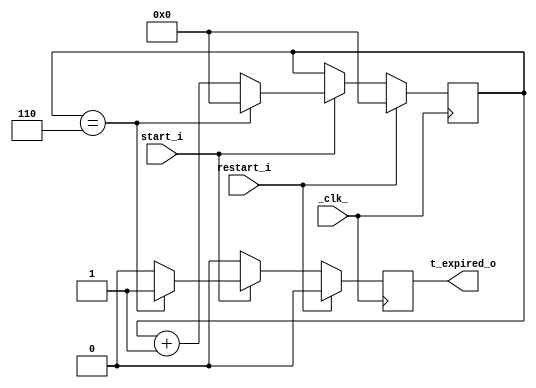
module Temporizador( _clk_, start_i, restart_i, t_expired_o);
	input _clk_, start_i, restart_i;
	output  t_expired_o;
	reg[3:0] contador = 4'b0; 
	localparam contador_max=7; 
	reg t_expired_o=0;
	always @(posedge _clk_) begin
		t_expired_o<=0;
		if(restart_i) 
			contador <=0;	
		else begin
			if (start_i) begin		
				if(contador==contador_max-1) begin
					t_expired_o<=1'b1;
					contador <=0;
				end
				else begin
					contador <= contador+1;
				end
			end
		end
	end
endmodule